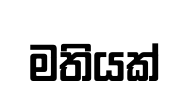
මතියක්